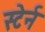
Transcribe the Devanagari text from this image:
स्टेर्न